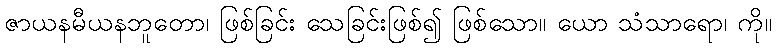
ဇာယနမီယနဘူတော၊ ဖြစ်ခြင်း သေခြင်းဖြစ်၍ ဖြစ်သော။ ယော သံသာရော၊ ကို။